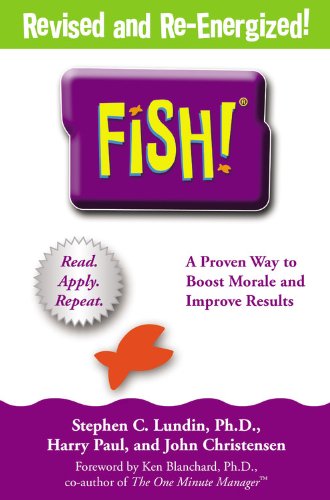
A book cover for Fish: A Proven Way to Boost Morale and Improve Results; Stephen C. Lundin; Science & Math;